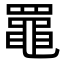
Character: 𦌡